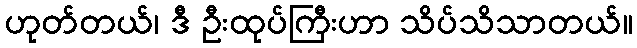
ဟုတ်တယ်၊ ဒီ ဦးထုပ်ကြီးဟာ သိပ်သိသာတယ်။